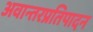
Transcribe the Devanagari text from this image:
अवान्तरप्रतिपादन